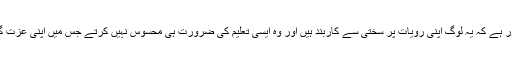
ہاں یہ ضرور ہے کہ یہ لوگ اپنی رویات پر سختی سے کاربند ہیں اور وہ ایسی تعلیم کی ضرورت ہی محسوس نہیں کرتے جس میں اپنی عزت گنوانی پڑے۔